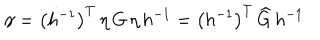
\gamma = \left( h ^ { - 1 } \right) ^ { T } \, \eta \, G \, \eta \, h ^ { - 1 } = \left( h ^ { - 1 } \right) ^ { T } \, \widehat { G } \, h ^ { - 1 }